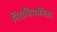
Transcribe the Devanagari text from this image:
निराभिमानिता